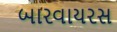
બારવાયરસ